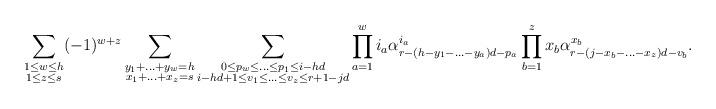
LaTeX: \begin{align*}\sum_{\substack{1 \leq w \leq h \\ 1 \leq z \leq s}}(-1)^{w + z} \sum_{\substack{y_1+...+y_w=h \\ x_1+...+x_z=s}} \sum_{\substack{0 \leq p_w \leq ... \leq p_1 \leq i-hd \\ i-hd+1 \leq v_1 \leq ...\leq v_z \leq r+1-jd}} \prod_{a=1}^w i_a \alpha^{i_a}_{r-(h-y_1-...-y_a)d-p_a} \prod_{b=1}^z x_b \alpha^{x_b}_{r-(j-x_b-...-x_z)d- v_b}.\end{align*}